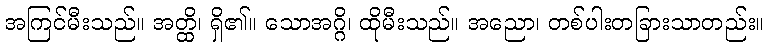
အကြင်မီးသည်။ အတ္ထိ၊ ရှိ၏။ သောအဂ္ဂိ၊ ထိုမီးသည်။ အညော၊ တစ်ပါးတခြားသာတည်း။